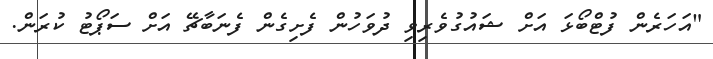
"އަހަރެން ފުޓްބޯޅަ އަށް ޝައުގުވެރިވި ދުވަހުން ފެށިގެން ފެނަބާޗޭ އަށް ސަޕޯޓު ކުރަން.